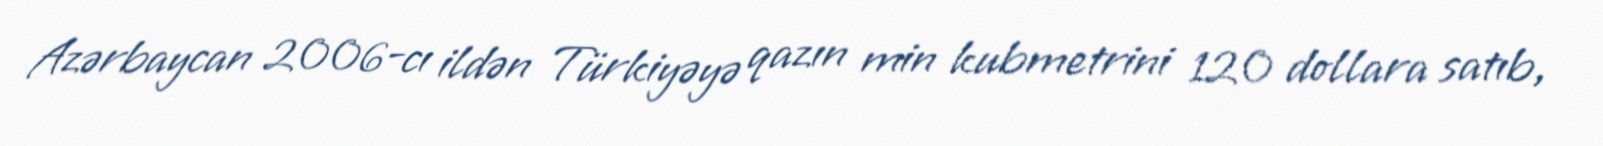
Azərbaycan 2006-cı ildən Türkiyəyə qazın min kubmetrini 120 dollara satıb,